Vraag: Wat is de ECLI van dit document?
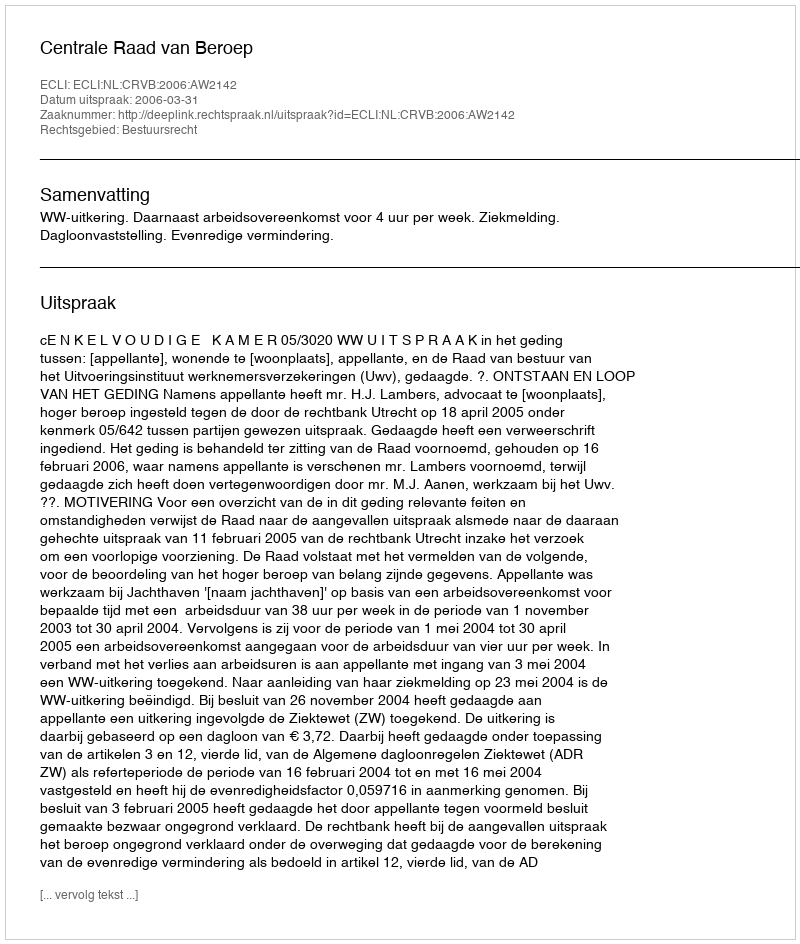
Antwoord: ECLI:NL:CRVB:2006:AW2142